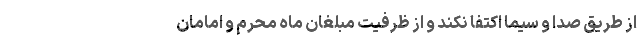
از طریق صدا و سیما اکتفا نکند و از ظرفیت مبلغان ماه محرم و امامان